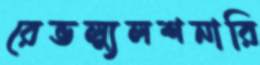
রেভল্যুলশনারি